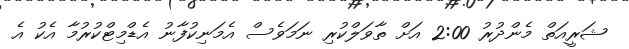
ޝަރީއަތް މެންދުރު 2:00 އަށް ތާވަލްކުރި ނަމަވެސް އެމަނިކުފާނު އެޑްމިޓްކުރުމާ އެކު އެ